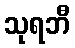
သုရဘီ